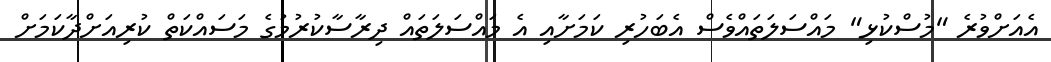
އެއަށްވުރެ "މުސްކުޅި" މައްސަލަތައްވެސް އެބަހުރި ކަމަށާއި އެ މައްސަލަތައް ދިރާސާކުރުމުގެ މަސައްކަތް ކުރިއަށްދާކަމަށް